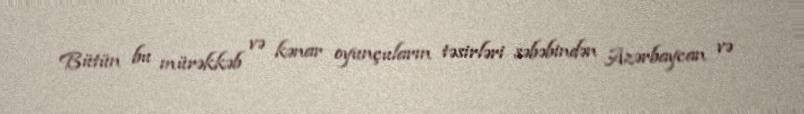
Bütün bu mürəkkəb və kənar oyunçuların təsirləri səbəbindən Azərbaycan və